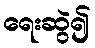
ရေးဆွဲ၍